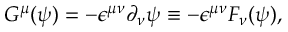
G ^ { \mu } ( \psi ) = - { \epsilon } ^ { { \mu } { \nu } } { \partial } _ { \nu } { \psi } \equiv - { \epsilon } ^ { { \mu } { \nu } } F _ { \nu } ( \psi ) ,